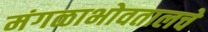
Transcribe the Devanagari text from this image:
मंगळाभोवतालचे